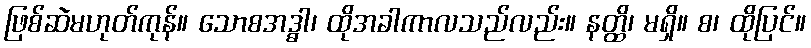
ဖြစ်ဆဲမဟုတ်ကုန်။ သောစအဒ္ဓါ၊ ထိုအခါကာလသည်လည်း။ နတ္ထိ၊ မရှိ။ စ၊ ထိုပြင်။